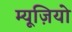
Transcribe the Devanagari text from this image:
म्यूज़ियो